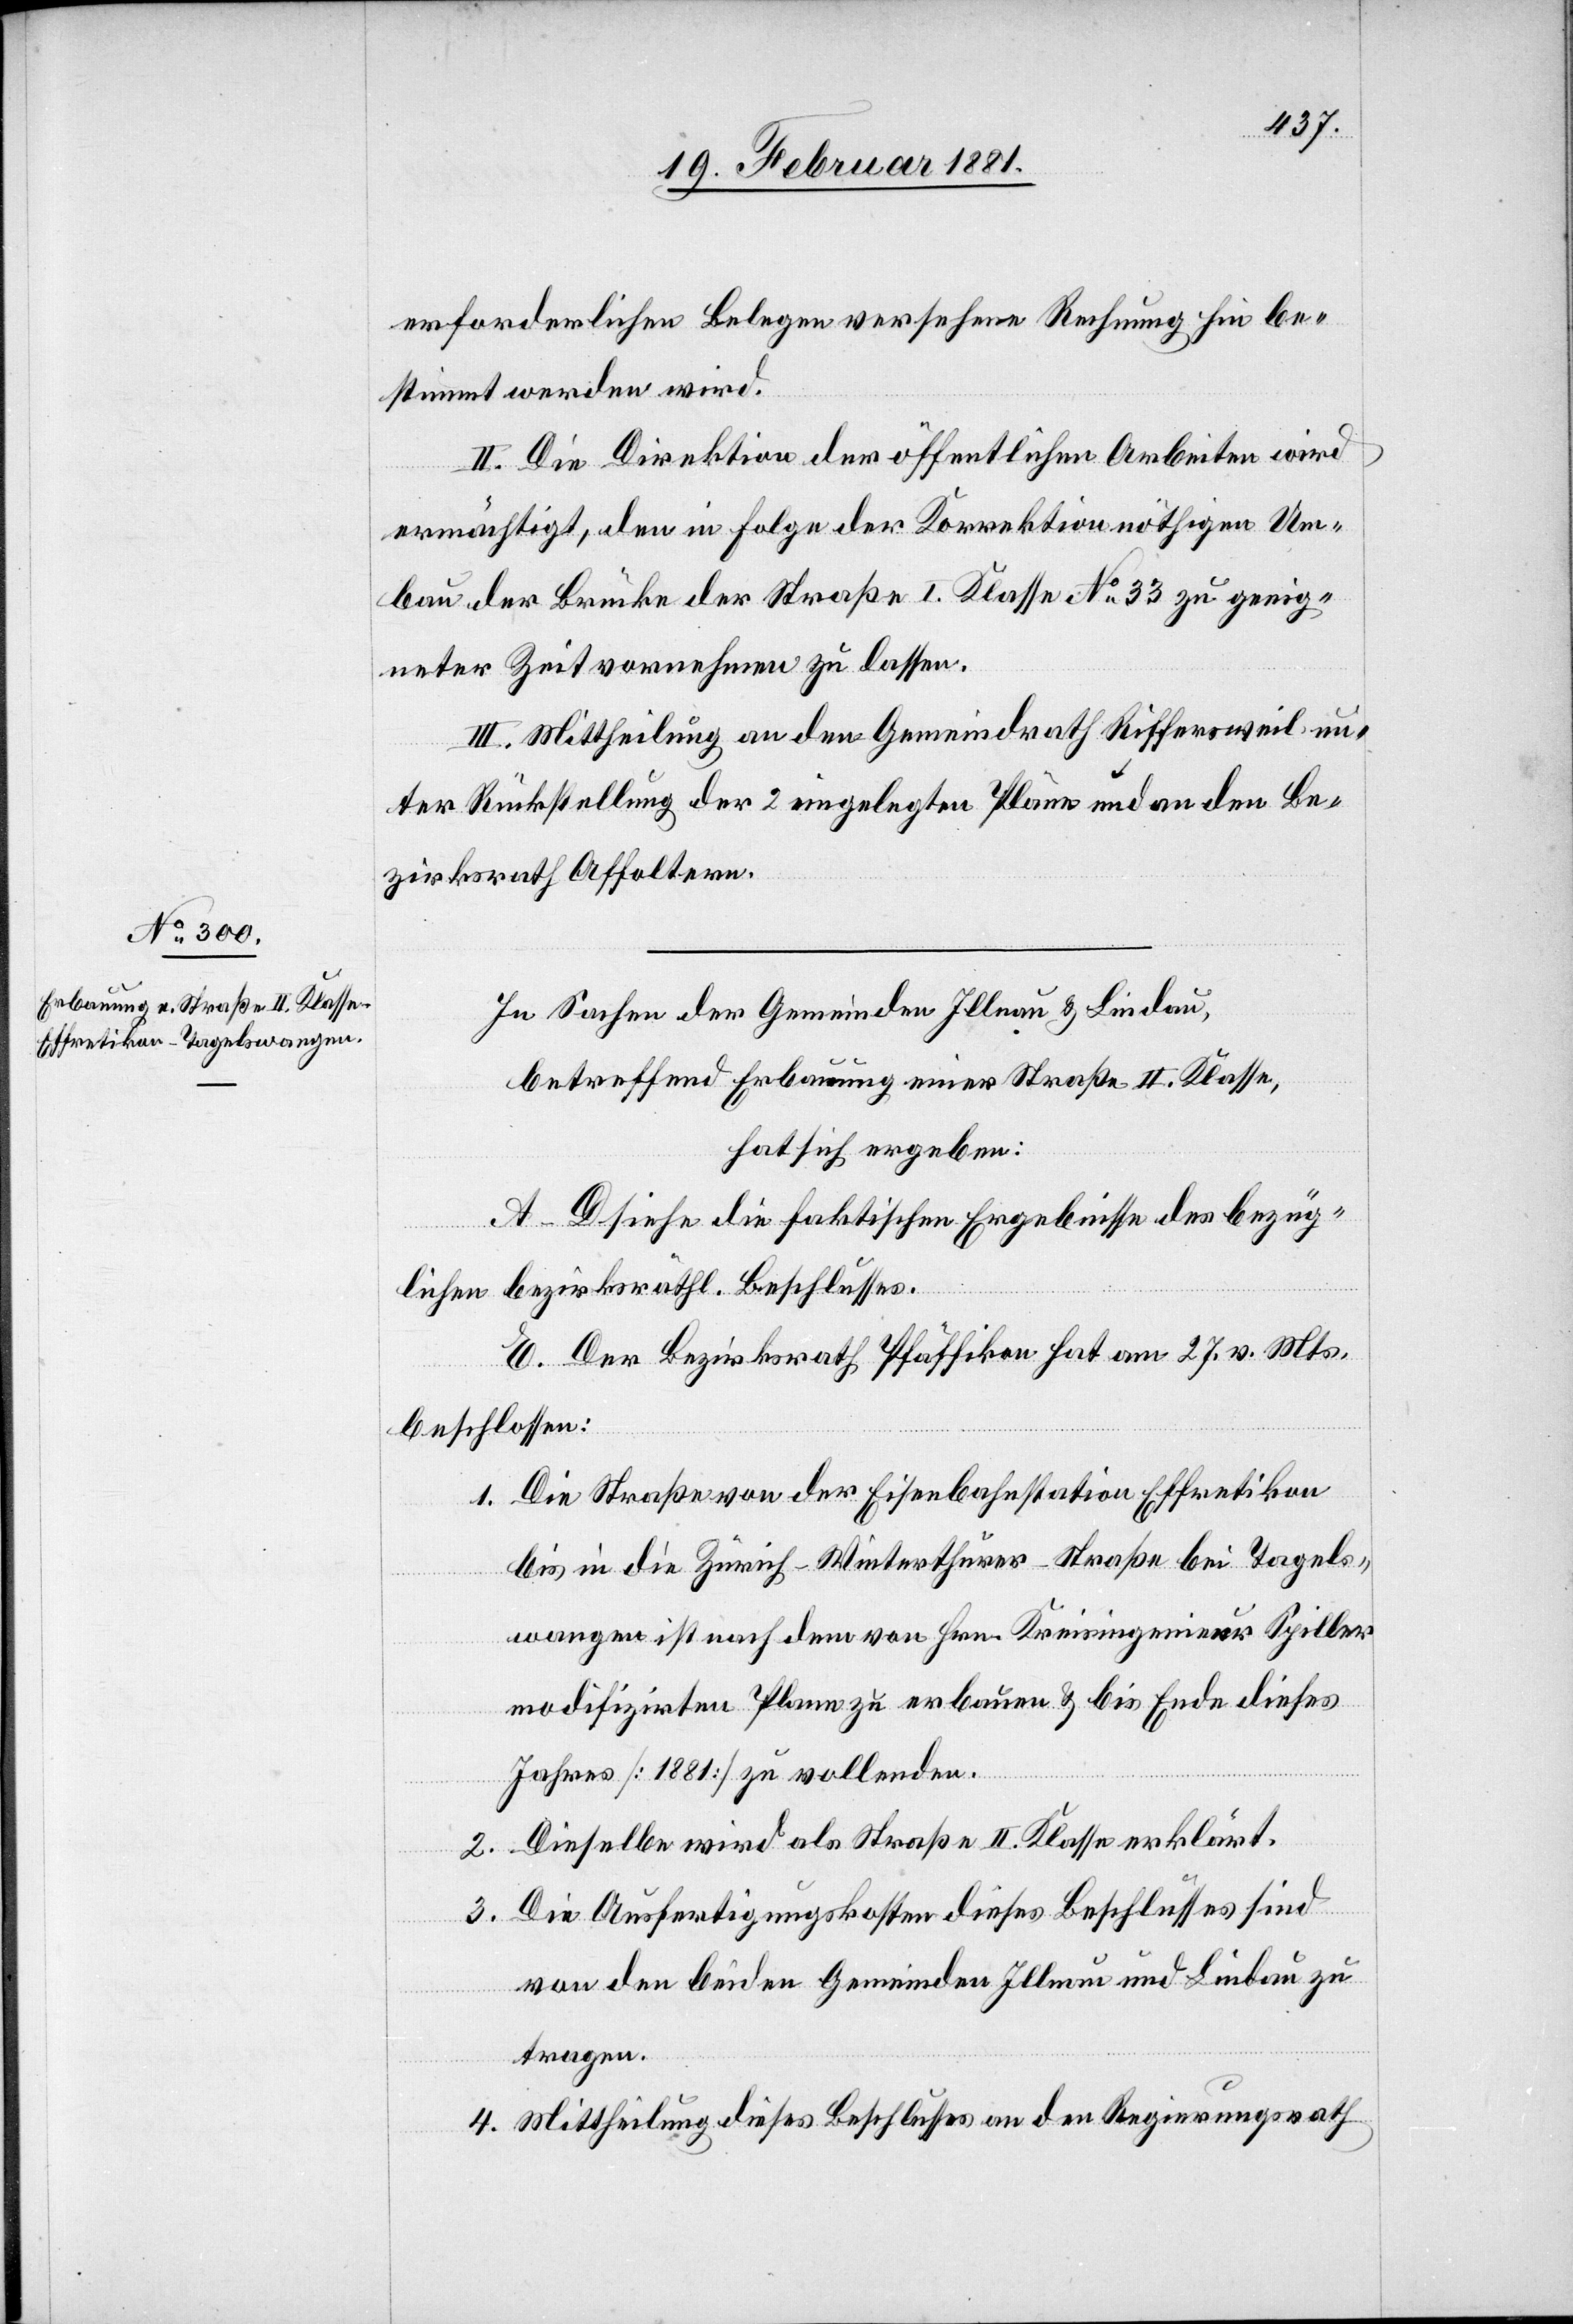
erforderlichen Belegen versehene Rechnung hin be¬
stimmt werden wird.
II. Die Direktion der öffentlichen Arbeiten wird
ermächtigt, den in Folge der Korrektion nöthigen Um¬
bau der Brücke der Straße I. Klasse No 33 zu geeig¬
neter Zeit vornehmen zu lassen.
III. Mittheilung an den Gemeindrath Riffersweil un¬
ter Rückstellung der 2 eingelegten Pläne und an den Be¬
zirksrath Affoltern.
In Sachen der Gemeinden Illnau & Lindau,
betreffend Erbauung einer Straße II. Klasse,
hat sich ergeben:
A–D siehe die faktischen Ergebnisse des bezüg¬
lichen bezirksräthl. Beschlusses.
E. Der Bezirksrath Pfäffikon hat am 27. v. Mts.
beschlossen:
1. Die Straße von der Eisenbahnstation Effretikon
bis in die Zürich–Winterthur-Straße bei Tagels¬
wangen ist nach dem von Hrn. Kreisingenieur Spiller
modifizirten Plane zu erbauen & bis Ende dieses
Jahres [1881] zu vollenden.
2. Dieselbe wird als Straße II. Klasse erklärt.
3. Die Ausfertigungskosten dieses Beschlusses sind
von den beiden Gemeinden Illnau und Lindau zu
tragen.
4. Mittheilung dieses Beschlusses an den Regierungsrath